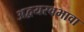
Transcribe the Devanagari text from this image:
अद्वयस्वभावा